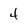
Character: 4